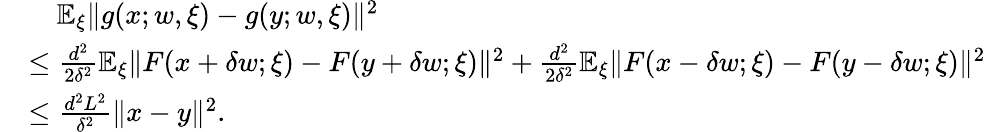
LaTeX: \begin{array}{rl}&{\quad{\mathbb{E}}_{\xi}\Vert g(x;w,\xi)-g(y;w,\xi)\Vert^{2}}\\ &{\le\frac{d^{2}}{2\delta^{2}}{\mathbb{E}}_{\xi}\Vert F(x+\delta w;\xi)-F(y+\delta w;\xi)\Vert^{2}+\frac{d^{2}}{2\delta^{2}}{\mathbb{E}}_{\xi}\Vert F(x-\delta w;\xi)-F(y-\delta w;\xi)\Vert^{2}}\\ &{\le\frac{d^{2}L^{2}}{\delta^{2}}\Vert x-y\Vert^{2}.}\end{array}